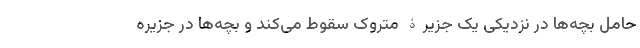
حامل بچه‌ها در نزدیکی یک جزیرۀ متروک سقوط می‌کند و بچه‌ها در جزیره